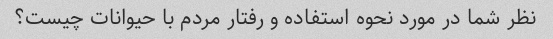
نظر شما در مورد نحوه استفاده و رفتار مردم با حیوانات چیست؟